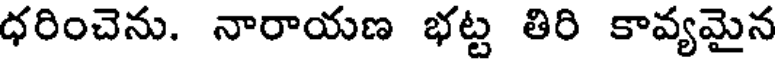
ధరించెను. నారాయణ భట్ట తిరి కావ్యమైన